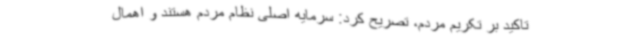
تاکید بر تکریم مردم، تصریح کرد: سرمایه اصلی نظام مردم هستند و اهمال